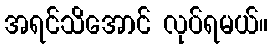
အရင်သိအောင် လုပ်ရမယ်။